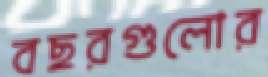
বছরগুলোর